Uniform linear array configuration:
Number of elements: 32
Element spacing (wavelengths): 0.5
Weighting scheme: hamming
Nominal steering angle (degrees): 30
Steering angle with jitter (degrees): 29.055
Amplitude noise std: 0.05
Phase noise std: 0.05

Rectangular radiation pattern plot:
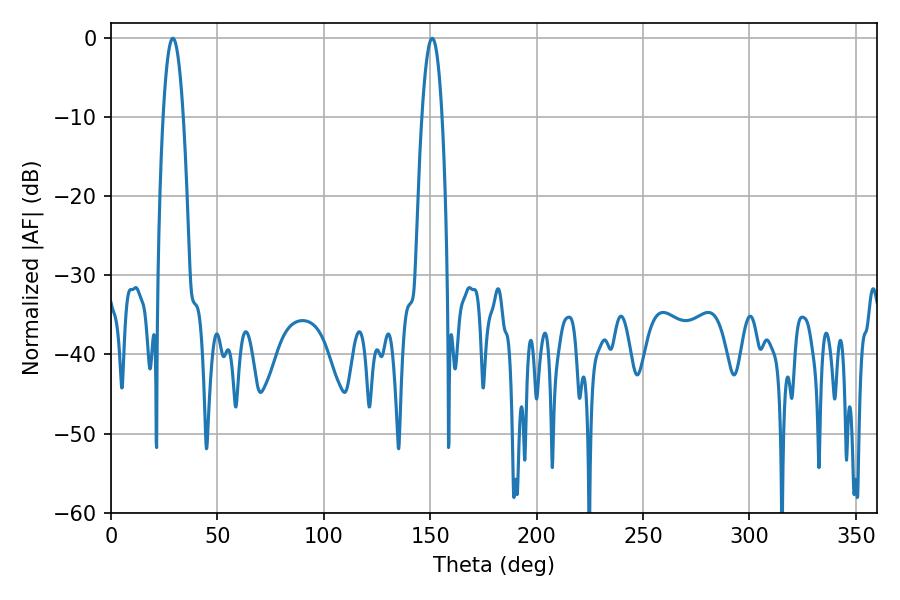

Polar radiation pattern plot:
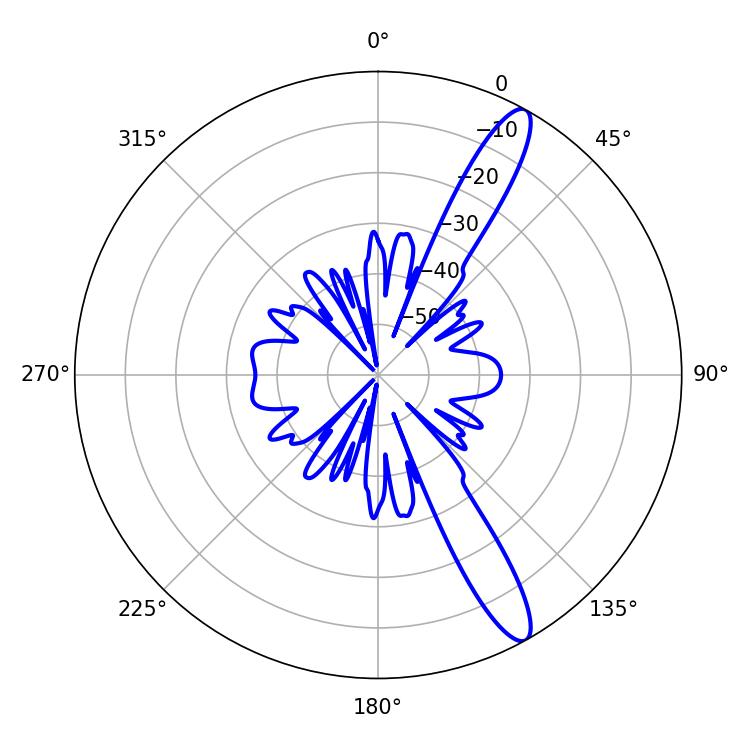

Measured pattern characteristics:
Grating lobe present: FALSE
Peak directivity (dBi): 13.191
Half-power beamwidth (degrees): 5.22
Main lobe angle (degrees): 29.16